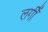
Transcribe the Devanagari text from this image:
लगीँ